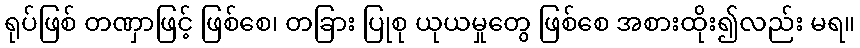
ရုပ်ဖြစ် တဏှာဖြင့် ဖြစ်စေ၊ တခြား ပြုစု ယုယမှုတွေ ဖြစ်စေ အစားထိုး၍လည်း မရ။